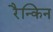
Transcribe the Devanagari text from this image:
रैन्किन